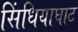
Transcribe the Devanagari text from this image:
सिंधियाघाट